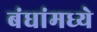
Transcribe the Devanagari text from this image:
बंधांमध्ये